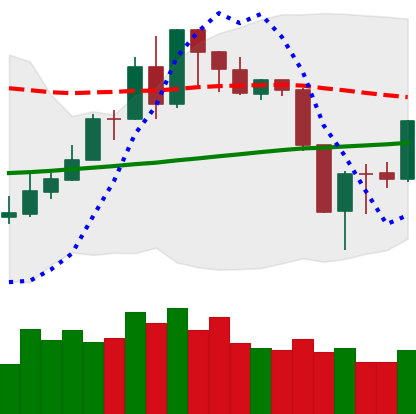
Ticker: XMR-USD
Chart end date: 2019-08-18
Forward return: -6.653%
Label: down_5_7